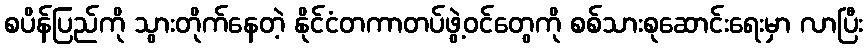
စပိန်ပြည်ကို သွားတိုက်နေတဲ့ နိုင်ငံတကာတပ်ဖွဲ့ဝင်တွေကို စစ်သားစုဆောင်းရေးမှာ လာပြီး